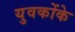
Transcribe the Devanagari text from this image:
युवकोंके